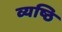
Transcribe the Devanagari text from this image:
व्यष्ठि